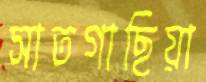
সাতগাছিয়া